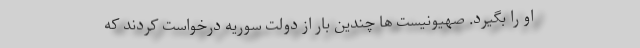
او را بگیرد. صهیونیست ها چندین بار از دولت سوریه درخواست کردند که